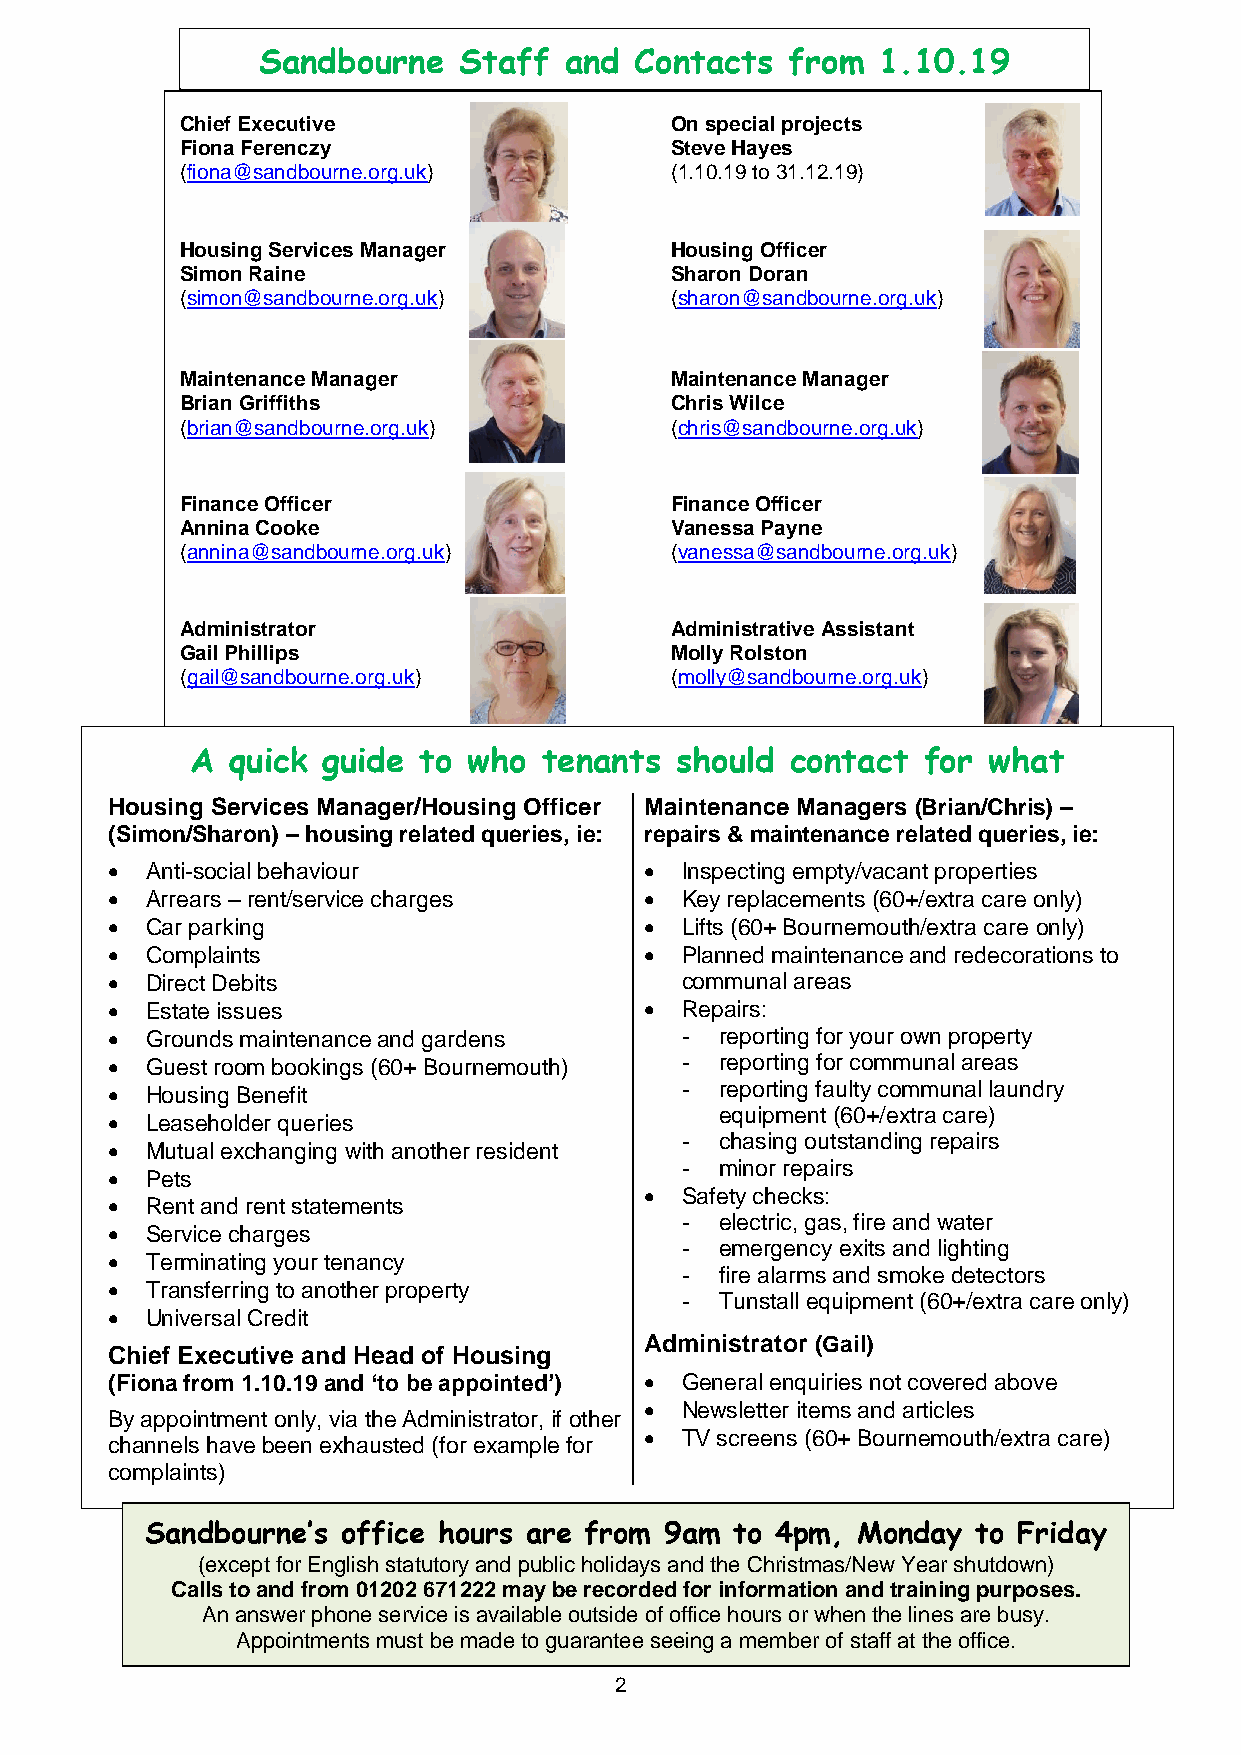
Sandbourne   Staff  and  Contacts  from  1.10.19
 Chief Executive                 On special projects
 Fiona Ferenczy                  Steve Hayes
 (fiona@sandbourne.org.uk)       (1.10.19 to 31.12.19)
 Housing Services Manager        Housing Officer
 Simon Raine                     Sharon Doran
 (simon@sandbourne.org.uk)       (sharon@sandbourne.org.uk)
 Maintenance Manager             Maintenance Manager
 Brian Griffiths                 Chris Wilce
 (brian@sandbourne.org.uk)       (chris@sandbourne.org.uk)
 Finance Officer                 Finance Officer
 Annina Cooke                    Vanessa Payne
 (annina@sandbourne.org.uk)      (vanessa@sandbourne.org.uk)
 Administrator                   Administrative Assistant
 Gail Phillips                   Molly Rolston
 (gail@sandbourne.org.uk)        (molly@sandbourne.org.uk)
 A quick guide  to who  tenants  should contact  for what
 Housing Services Manager/Housing Officer Maintenance Managers (Brian/Chris) –
 (Simon/Sharon) – housing related queries, ie: repairs & maintenance related queries, ie:
   Anti-social behaviour             Inspecting empty/vacant properties
   Arrears – rent/service charges    Key replacements (60+/extra care only)
   Car parking                       Lifts (60+ Bournemouth/extra care only)
   Complaints                        Planned maintenance and redecorations to
   Direct Debits                      communal areas
   Estate issues                     Repairs:
   Grounds maintenance and gardens    -  reporting for your own property
   Guest room bookings (60+ Bournemouth) - reporting for communal areas
   Housing Benefit                    -  reporting faulty communal laundry
 equipment (60+/extra care)
   Leaseholder queries
 -  chasing outstanding repairs
   Mutual exchanging with another resident
 -  minor repairs
   Pets
  Safety checks:
   Rent and rent statements
 -  electric, gas, fire and water
   Service charges
 -  emergency exits and lighting
   Terminating your tenancy
 -  fire alarms and smoke detectors
   Transferring to another property
 -  Tunstall equipment (60+/extra care only)
   Universal Credit
 Administrator (Gail)
 Chief Executive and Head of Housing
 (Fiona from 1.10.19 and ‘to be appointed’)  General enquiries not covered above
  Newsletter items and articles
 By appointment only, via the Administrator, if other
  TV screens (60+ Bournemouth/extra care)
 channels have been exhausted (for example for
 complaints)
 Sandbourne’s office hours are from 9am to 4pm, Monday  to Friday
 (except for English statutory and public holidays and the Christmas/New Year shutdown)
 Calls to and from 01202 671222 may be recorded for information and training purposes.
 An answer phone service is available outside of office hours or when the lines are busy.
 Appointments must be made to guarantee seeing a member of staff at the office.
 2